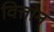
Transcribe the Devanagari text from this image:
वित्तोन्